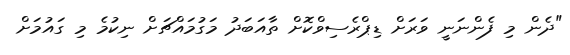
"ދެން މި ފެންނަނީ ވަރަށް ޑިޕްރެސިވްކޮށް ތާއަބަދު މަގުމައްޗަށް ނިކުމެ މި ގައުމަށް